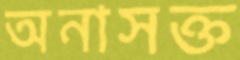
অনাসক্ত